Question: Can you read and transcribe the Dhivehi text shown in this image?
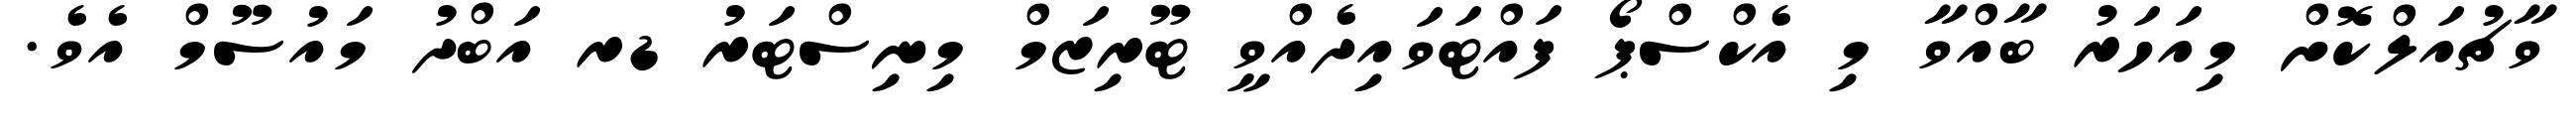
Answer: ވާޗުއަލްކޮށް މިއަހަރު ބާއްވާ މި އެކްސްޕޯ ފައްޓަވައިދެއްވީ ޓޫރިޒަމް މިނިސްޓަރު ޑރ އަބްދު މައުސޫމް އެވެ.